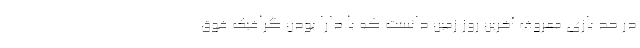
در حد بازی معروف آخرین روز زمین دانست که با دارا بودن گرافیک فوق